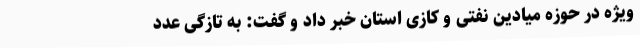
ویژه در حوزه میادین نفتی و کازی استان خبر داد و گفت: به تازگی عدد